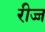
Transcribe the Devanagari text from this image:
रीज्ज